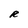
Character: R